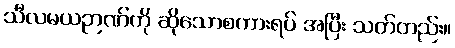
သီလမယဉာဏ်ကို ဆိုသောစကားရပ် အပြီး သတ်တည်း။